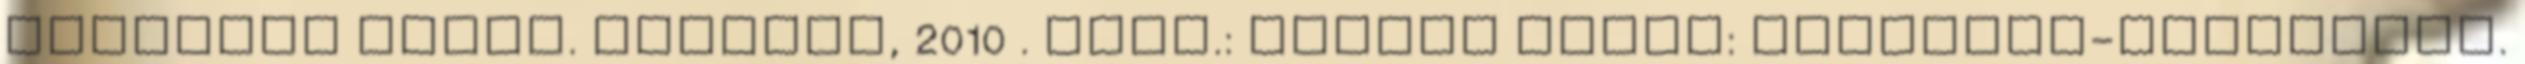
Faulkner művei. Pozsony, 2010 . Irod.: Szepes Erika: Anakreón-variációk.